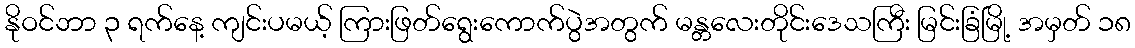
နိုဝင်ဘာ ၃ ရက်နေ့ ကျင်းပမယ့် ကြားဖြတ်ရွေးကောက်ပွဲအတွက် မန္တလေးတိုင်းဒေသကြီး မြင်းခြံမြို့ အမှတ် ၁၈